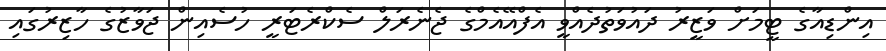
އިންޑިއާގެ ޓީމަށް ވަޒީރު ދައުވަތުދެއްވީ އެފްއޭއެމްގެ ޖެނެރަލް ސެކްރެޓަރީ ހުސެއިން ޖަވާޒުގެ ހާޒިރުގައި